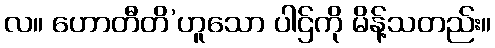
လ။ ဟောတီတိ’ဟူသော ပါဌ်ကို မိန့်သတည်း။